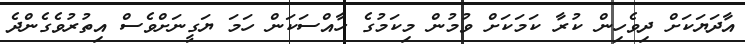
އާދަޔަކަށް ދިވެހިން ކުރާ ކަމަކަށް ވުމުން މިކަމުގެ ހާއްސަކަން ހަމަ ޔަގީނަށްވެސް އިތުރުވެގެންދެ